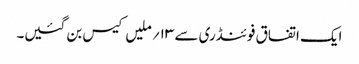
ایک اتفاق فوئنڈری سے ۱۳؍ ملیں کیس بن گئیں۔